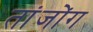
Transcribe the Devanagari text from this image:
तांजोंग